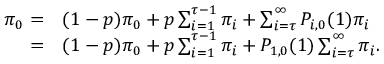
\begin{array} { r l } { \pi _ { 0 } = } & { ( 1 - p ) \pi _ { 0 } + p \sum _ { i = 1 } ^ { \tau - 1 } \pi _ { i } + \sum _ { i = \tau } ^ { \infty } P _ { i , 0 } ( 1 ) \pi _ { i } } \\ { = } & { ( 1 - p ) \pi _ { 0 } + p \sum _ { i = 1 } ^ { \tau - 1 } \pi _ { i } + P _ { 1 , 0 } ( 1 ) \sum _ { i = \tau } ^ { \infty } \pi _ { i } . } \end{array}